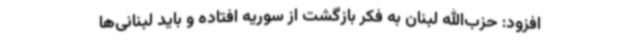
افزود: حزب‌الله لبنان به فکر بازگشت از سوریه افتاده و باید لبنانی‌ها